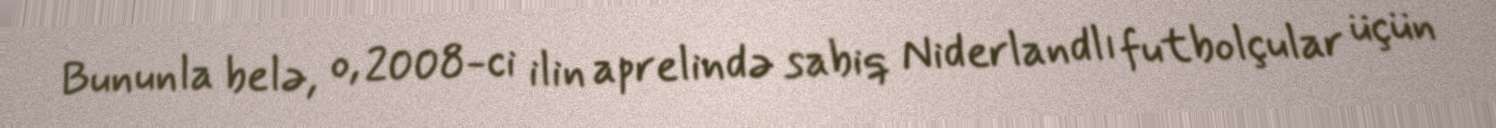
Bununla belə, o, 2008-ci ilin aprelində sabiq Niderlandlı futbolçular üçün